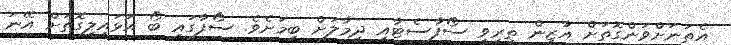
އެތަނަށްވަންގޮތަށް އާޒީން ތިރިވީ ސޯފާސެޓާއި ދިމާލަށް ބިމަށެވެ. ސޯފާގައި ބޯ އަޅައިލިގޮތަށް އޭނަ